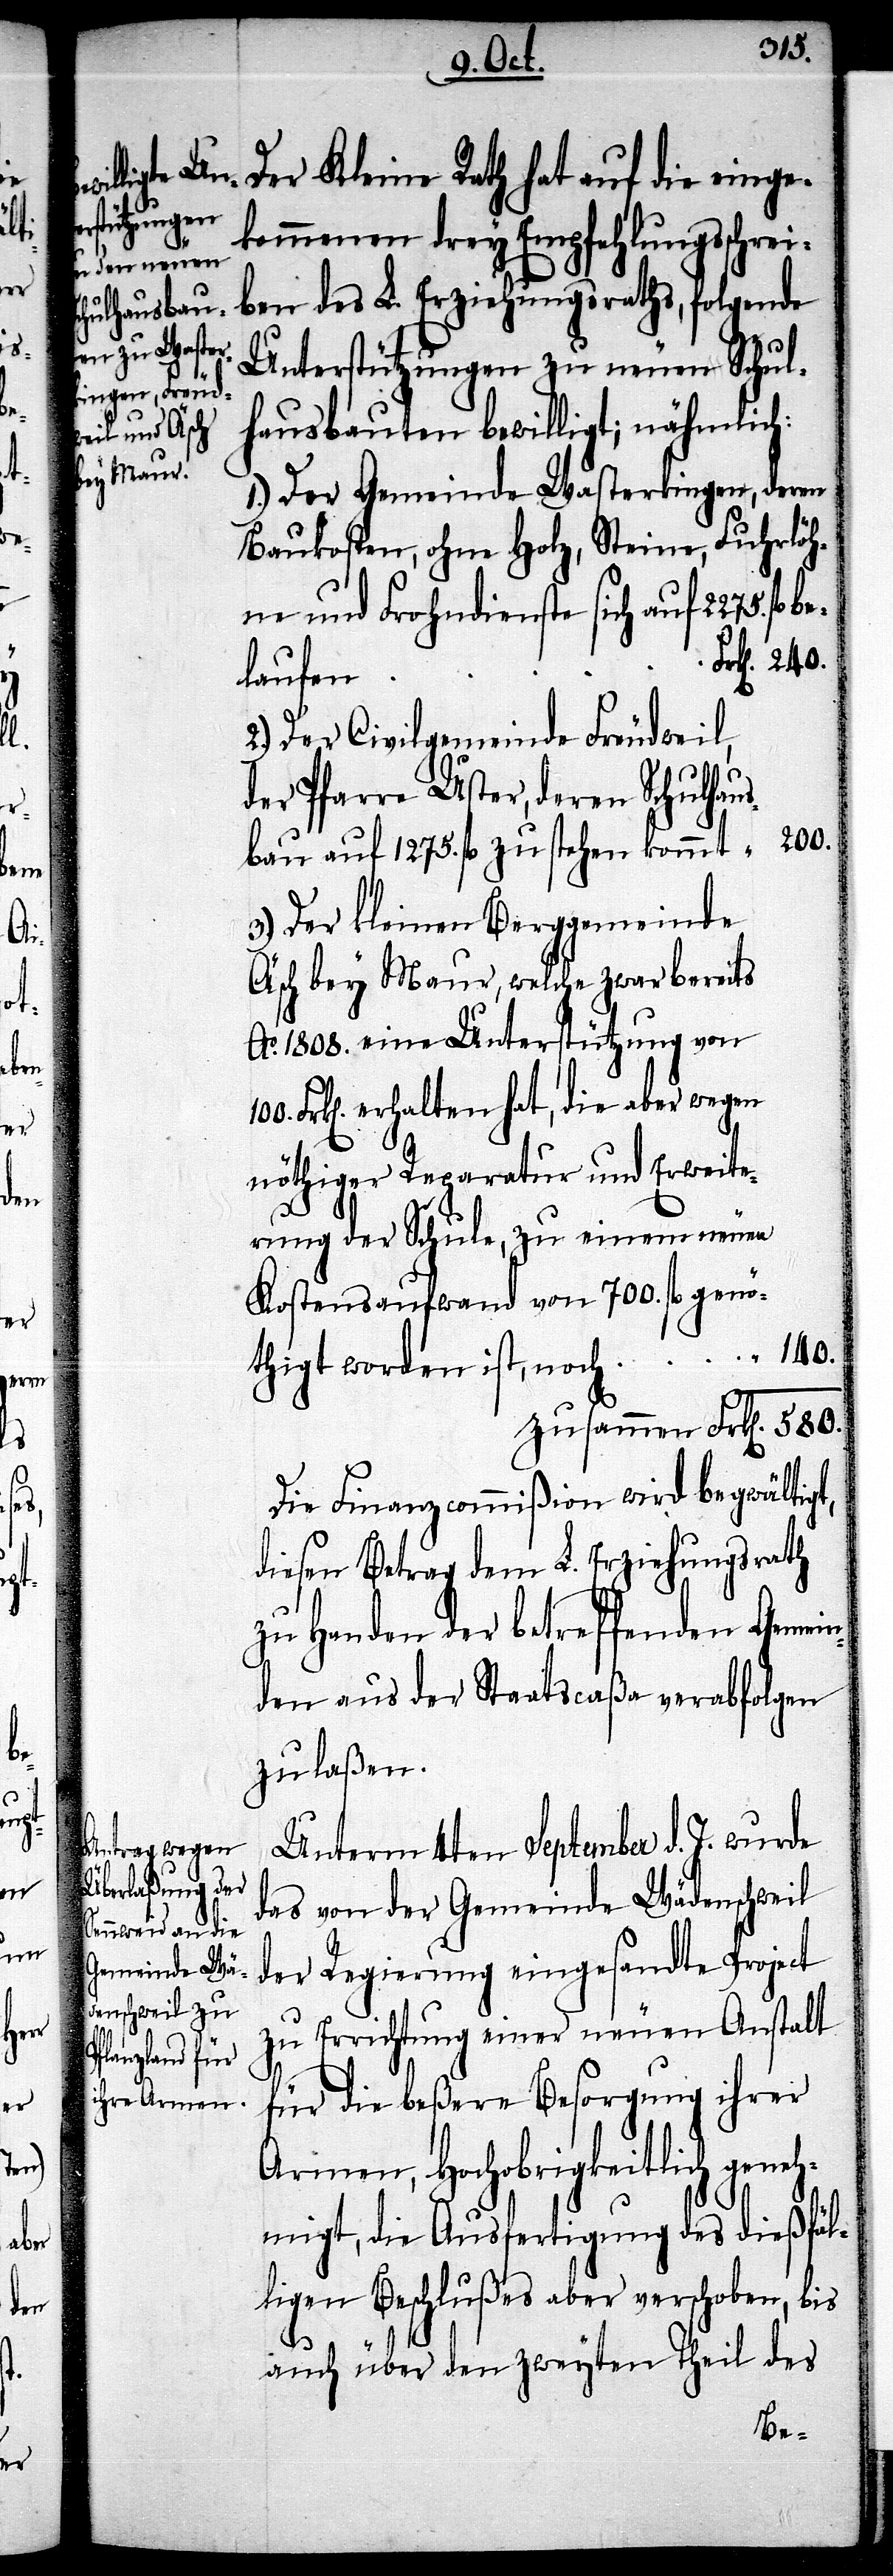
fl.

Unte¬
gen¬

Erweite¬
rstützung von
hausbau

Reparatur und

Der Kleine Rath hat auf die einge¬
kommenen drey Empfehlungsschrei¬
ben des L. Erziehungsraths, folgende
Unterstützungen zu neuen Schul¬
hausbauten bewilligt, nähmlich:
1.) Der Gemeinde Wasterkingen, deren
Baukosten, ohne Holz, Steine, Fuhrlöh¬
ne und Frohndienste sich auf 2275. fl.
laufen
2.) Der Civilgemeinde Freudweil,
der Pfarre Uster, deren Schul¬
700.
3.) Der kleinen Berggemeinde
Äsch bey Maur, welche zwar bereits
Frk[en]. erhalten hat, die aber wegen
rung der Schule, zu einem neuen
öthigt worden ist,
zusammen 580.
Die Finanzcommißion wird begwältigt,
diesen Betrag dem L. Erziehungsrath
zu Handen der betreffenden Gemein¬
den aus der Staatscaßa verabfolgen
zu laßen.
Unterm 4ten September d. J. wurde
des von der Gemeinde Wädenschweil
der Regierung eingesandte Project
zu Errichtung einer neuen Anstalt
für die beßere Besorgung ihrer
Armen, hochobrigkeitlich geneh¬
migt, die Ausfertigung des dießfäl¬
ligen Beschlußes aber verschoben, bis
auch über den zweyten Theil des